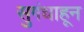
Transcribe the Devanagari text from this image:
सुगंधाहून